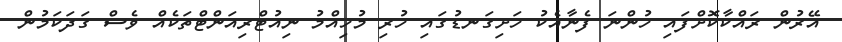
އޭރުން ރައްކާކޮށްފައި ހުންނަ ފެނާއެކު ހަށިގަނޑުގައި ހުރި މުހިއްމު ނިއުޓްރިއަންޓްތަކެއް ވެސް ގަދަކަމުން